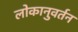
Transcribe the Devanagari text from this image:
लोकानुवर्तन